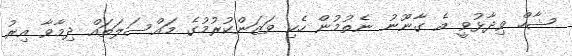
ޝާހް ވިދާޅުވީ އެ ގާނޫނު ނެތުމުން ހެކި ވަޒަންކުރުމުގެ މައްސަލަތައް ދިމާވާ އިރު